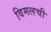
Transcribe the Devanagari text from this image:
विमलची